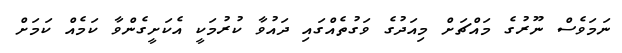
ނަމަވެސް ނޫރުގެ މައްޗަށް މިއަދުގެ ވަގުތެއްގައި ދައުވާ ކުރުމަކީ އެކަށީގެންވާ ކަމެއް ކަމަށް